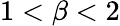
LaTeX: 1<\beta<2